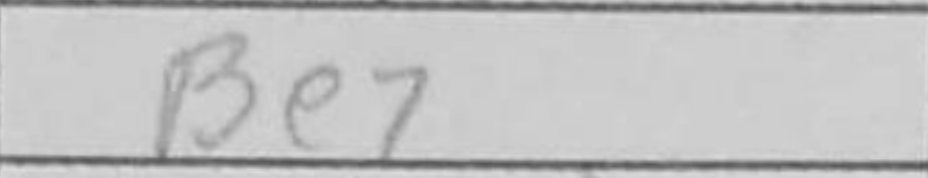
Transcription: Be7